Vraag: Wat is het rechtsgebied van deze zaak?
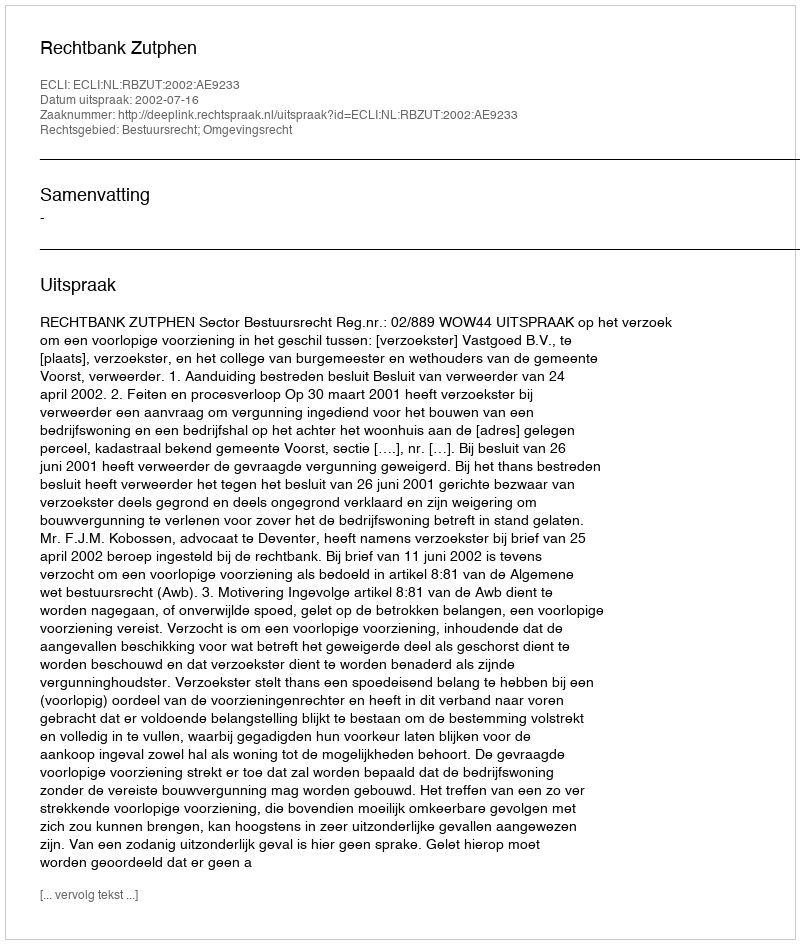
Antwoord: Bestuursrecht; Omgevingsrecht